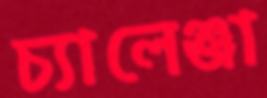
চ্যালেঞ্জা